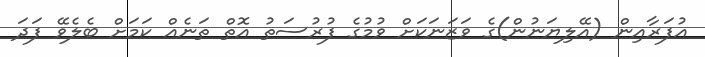
އުފަރާއިން (އޭލިޔަނުން)ގެ ވަޒަނަކަށް ވުމުގެ ފުރުސަތު އޮތް ތަނެއް ކަމަށް ބެލެވޭ ފަދަ